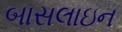
બાસલાઇન